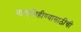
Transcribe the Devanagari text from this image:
भाषालिहीण्यासाठीची